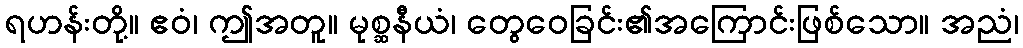
ရဟန်းတို့။ ဧဝံ၊ ဤအတူ။ မုစ္ဆနီယံ၊ တွေဝေခြင်း၏အကြောင်းဖြစ်သော။ အညံ၊